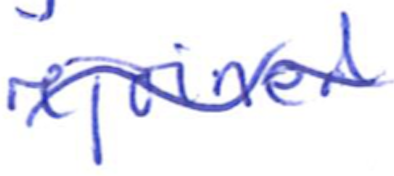
Text: rejoined
Cross-out: wave
Writing tool: ballpoint